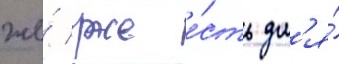
же́ уже е́сть дл'я́